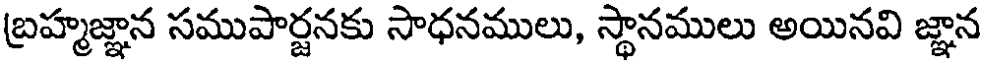
బ్రహ్మజ్ఞాన సముపార్జనకు సాధనములు, స్థానములు అయినవి జ్ఞాన